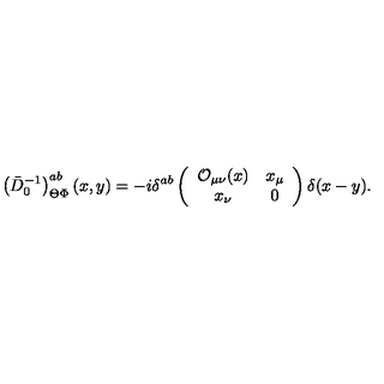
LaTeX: \left( \bar { D } _ { 0 } ^ { - 1 } \right) _ { \Theta \Phi } ^ { a b } ( x , y ) = - i \delta ^ { a b } \left( \begin{array} { c c } { { \cal O } _ { \mu \nu } ( x ) } & { x _ { \mu } } \\ { x _ { \nu } } & { 0 } \\ \end{array} \right) \delta ( x - y ) .